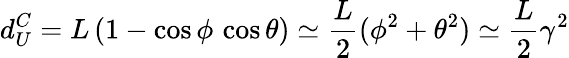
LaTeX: d_{U}^{C}=L\, (1-\cos\phi\, \cos\theta)\simeq\frac{L}{2}(\phi^{2}+\theta^{2})\simeq\frac{L}{2}\gamma^{2}